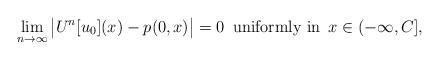
LaTeX: \begin{align*}\lim_{n\to\infty} \big|U^n[u_0](x)-p(0,x)\big|=0\,\hbox{ uniformly in }\,x\in (-\infty, C],\end{align*}